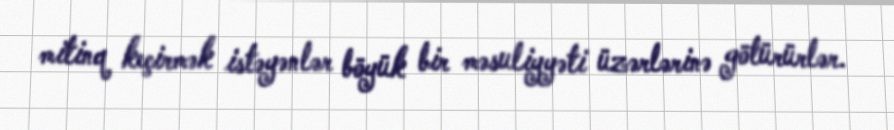
mitinq keçirmək istəyənlər böyük bir məsuliyyəti üzərlərinə götürürlər.